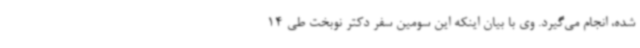
شده، انجام می‌گیرد. وی با بیان اینکه این سومین سفر دکتر نوبخت طی 14